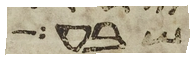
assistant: שבע